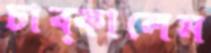
চাব্‌কালেম